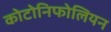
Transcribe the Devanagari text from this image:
कोटोनिफोलियन